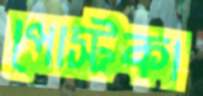
পোস্টকা